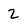
Character: 2